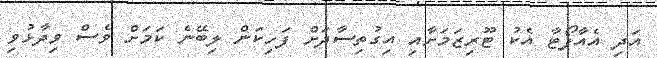
އަދި އެއާޕޯޓާ އެކު ޓޫރިޒަމަށާއި އިގުތިސާދަށް ފަހިކަން ލިބޭނެ ކަމަށް ވެސް ވިދާޅުވި